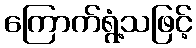
ကြောက်ရွံ့သဖြင့်